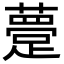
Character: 䠢